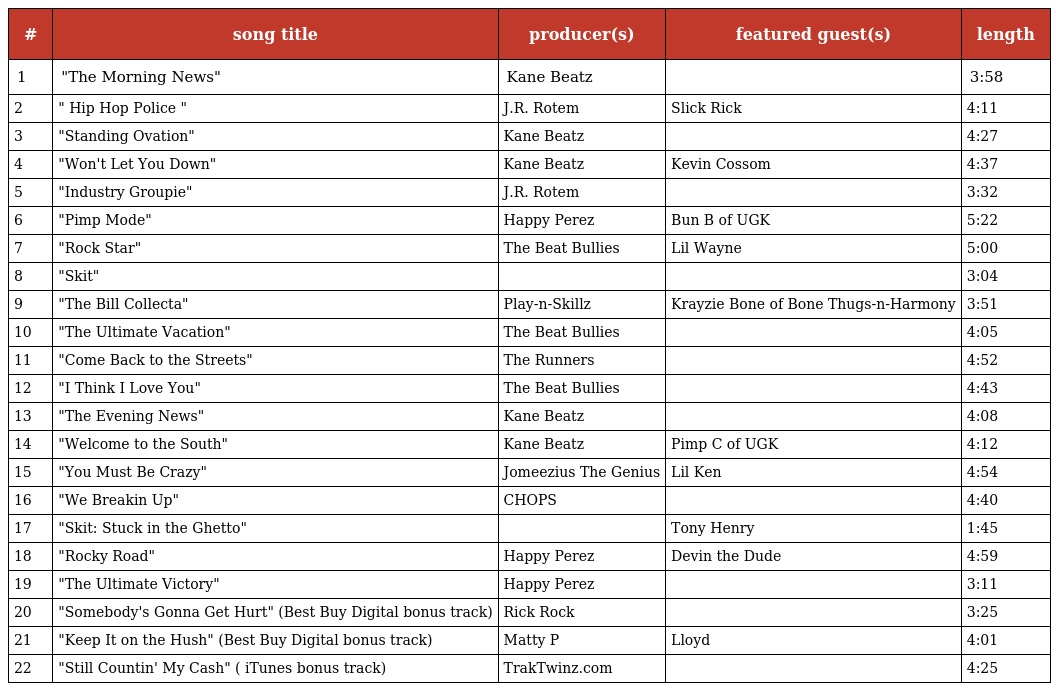
| # | song title | producer(s) | featured guest(s) | length |
 | --- | --- | --- | --- | --- |
 | 1 | "The Morning News" | Kane Beatz |  | 3:58 |
 | 2 | " Hip Hop Police " | J.R. Rotem | Slick Rick | 4:11 |
 | 3 | "Standing Ovation" | Kane Beatz |  | 4:27 |
 | 4 | "Won't Let You Down" | Kane Beatz | Kevin Cossom | 4:37 |
 | 5 | "Industry Groupie" | J.R. Rotem |  | 3:32 |
 | 6 | "Pimp Mode" | Happy Perez | Bun B of UGK | 5:22 |
 | 7 | "Rock Star" | The Beat Bullies | Lil Wayne | 5:00 |
 | 8 | "Skit" |  |  | 3:04 |
 | 9 | "The Bill Collecta" | Play-n-Skillz | Krayzie Bone of Bone Thugs-n-Harmony | 3:51 |
 | 10 | "The Ultimate Vacation" | The Beat Bullies |  | 4:05 |
 | 11 | "Come Back to the Streets" | The Runners |  | 4:52 |
 | 12 | "I Think I Love You" | The Beat Bullies |  | 4:43 |
 | 13 | "The Evening News" | Kane Beatz |  | 4:08 |
 | 14 | "Welcome to the South" | Kane Beatz | Pimp C of UGK | 4:12 |
 | 15 | "You Must Be Crazy" | Jomeezius The Genius | Lil Ken | 4:54 |
 | 16 | "We Breakin Up" | CHOPS |  | 4:40 |
 | 17 | "Skit: Stuck in the Ghetto" |  | Tony Henry | 1:45 |
 | 18 | "Rocky Road" | Happy Perez | Devin the Dude | 4:59 |
 | 19 | "The Ultimate Victory" | Happy Perez |  | 3:11 |
 | 20 | "Somebody's Gonna Get Hurt" (Best Buy Digital bonus track) | Rick Rock |  | 3:25 |
 | 21 | "Keep It on the Hush" (Best Buy Digital bonus track) | Matty P | Lloyd | 4:01 |
 | 22 | "Still Countin' My Cash" ( iTunes bonus track) | TrakTwinz.com |  | 4:25 |